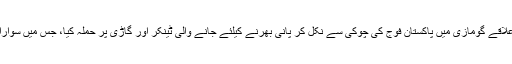
13 اکتوبر جمعرات کے روز کیچ کے علاقے گومازی میں پاکستان فوج کی چوکی سے نکل کر پانی بھرنے کیلئے جانے والی ٹینکر اور گاڑی پر حملہ کیا، جس میں سوارایک اہلکار ہلاک اوردو زخمی ہوئے ہیں۔